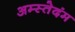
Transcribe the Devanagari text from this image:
अम्स्तेदंम